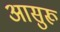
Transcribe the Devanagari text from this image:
आसुरू